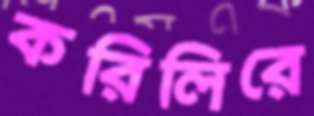
করিলিরে